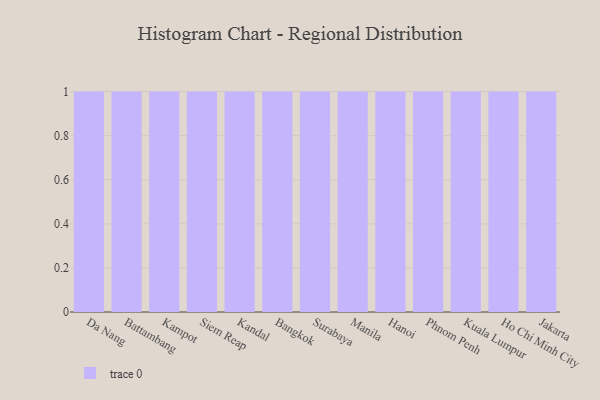
{"axis": {"x": "City", "y": "Website Visitors"}, "legend": [""], "data": [{"x": "Da Nang", "y": 8, "type": ""}, {"x": "Battambang", "y": 80, "type": ""}, {"x": "Kampot", "y": 61, "type": ""}, {"x": "Siem Reap", "y": 2, "type": ""}, {"x": "Kandal", "y": 49, "type": ""}, {"x": "Bangkok", "y": 55, "type": ""}, {"x": "Surabaya", "y": 98, "type": ""}, {"x": "Manila", "y": 74, "type": ""}, {"x": "Hanoi", "y": 43, "type": ""}, {"x": "Phnom Penh", "y": 47, "type": ""}, {"x": "Kuala Lumpur", "y": 10, "type": ""}, {"x": "Ho Chi Minh City", "y": 81, "type": ""}, {"x": "Jakarta", "y": 17, "type": ""}]}